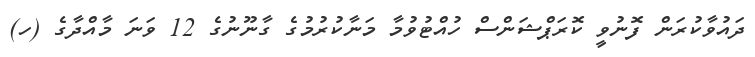
ދައުވާކުރަން ފޮނުވީ ކޮރަޕްޝަންސް ހުއްޓުވުމާ މަނާކުރުމުގެ ގާނޫނުގެ 12 ވަނަ މާއްދާގެ (ހ)